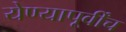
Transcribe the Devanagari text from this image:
येण्यापूर्वींच